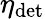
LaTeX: \eta_{\textrm{det}}